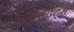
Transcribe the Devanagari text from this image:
प्रोटेसटेंट्स